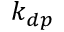
k _ { d p }